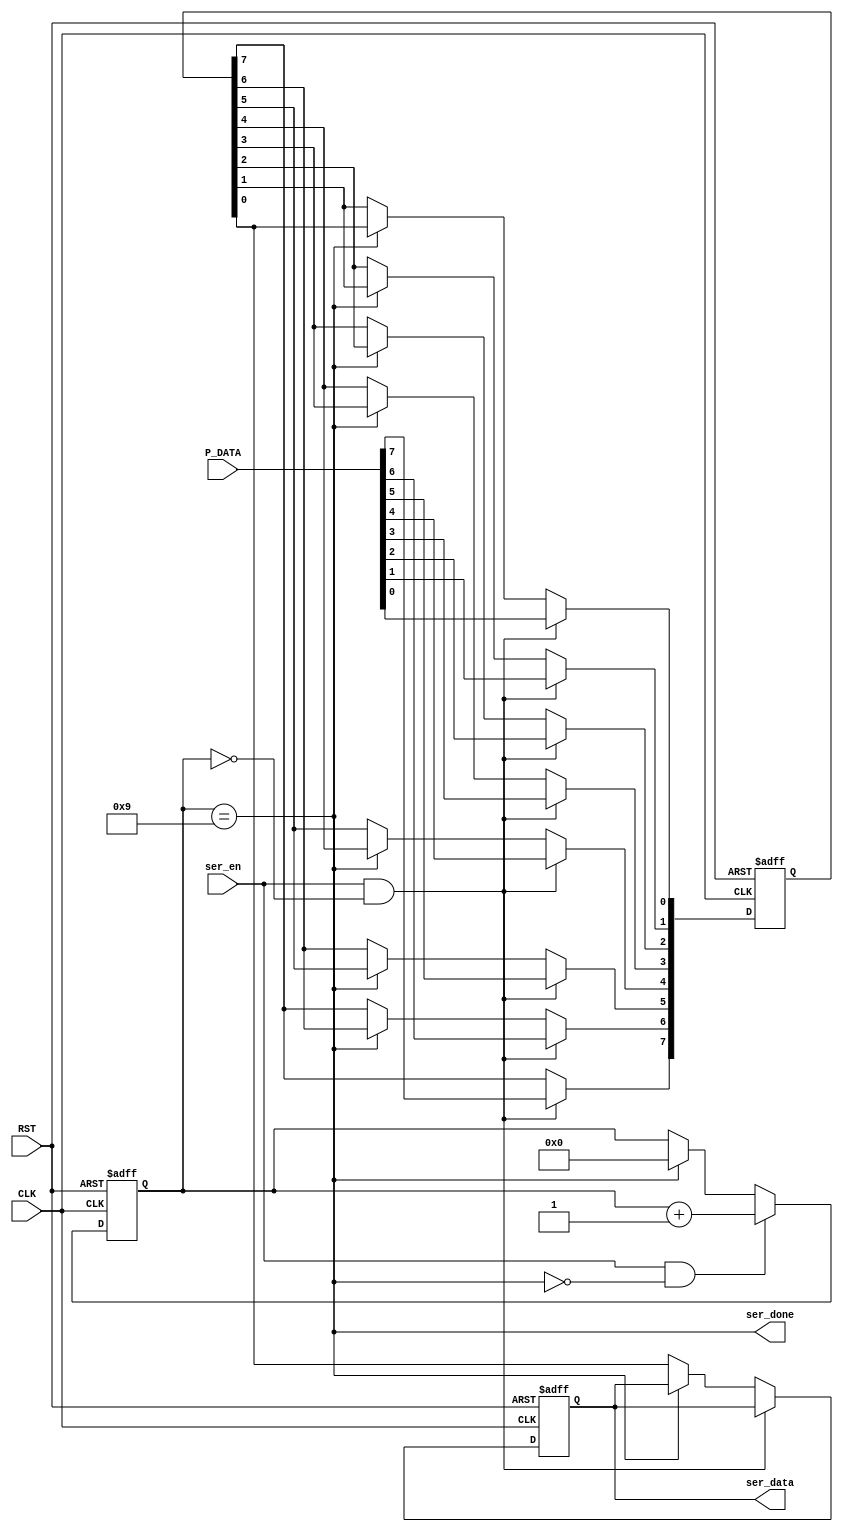
module serializer 
(
input wire   [7:0] P_DATA,
input wire  ser_en,

input wire  CLK,RST,

output wire ser_done,
output reg  ser_data
);
 
reg [7:0] shift_reg;
reg [7:0 ] count;
wire count_max;


/*always@(*)
 begin
	if(ser_en && exi )
		begin
			shift_reg <= P_DATA;
		end
	else
		begin
			shift_reg <= shift_reg;
		end
 end
 */
 
always@(posedge CLK or negedge RST)
 begin	
 if(!RST)
	begin
		shift_reg <= 8'b0;
		ser_data  <= 1'b0;
	end
 else
	begin
		if (ser_en &&(count== 1'b0)  )
			shift_reg <= P_DATA;
		
		else if(!(count_max))
			begin
				ser_data     <= shift_reg[0];
				shift_reg[0] <= shift_reg[1];
				shift_reg[1] <= shift_reg[2];
				shift_reg[2] <= shift_reg[3];
				shift_reg[3] <= shift_reg[4];
				shift_reg[4] <= shift_reg[5];
				shift_reg[5] <= shift_reg[6];
				shift_reg[6] <= shift_reg[7];
			end
    end


	
end

always@(posedge CLK or negedge RST)
 begin
	if(!RST)	
		begin
			count 	  <= 4'b0;
		end
	else if (ser_en && (!(count_max)))
		count <= count + 1'b1;
	else if	(count_max)
		begin
			count <= 1'b0;
		end	
	
 end
 
 assign ser_done =  ( count == 4'b1001 ); 
 assign count_max = ( count == 4'b1001); 
endmodule